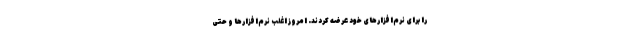
را برای نرم‌افزارهای خود عرضه کردند. امروز اغلب نرم‌افزارها و حتی